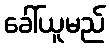
ခေါ်ယူမည်